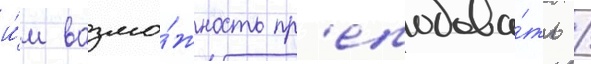
и́м возмо́жность пр'еподава́ть /